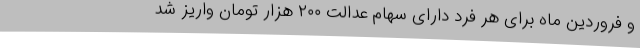
و فروردین ماه برای هر فرد دارای سهام عدالت ۲۰۰ هزار تومان واریز شد